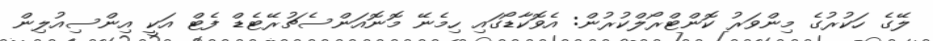
ލޭގެ ހަކުރުގެ މިންވަރު ކޮންޓްރޯލްކުރުން: އެވޮކާޑޯގައި ހިމެނޭ މޮނޮއަންސެޗުރޭޓެޑް ފެޓް އަކީ އިންސިއުލިން